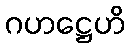
ဂဟဋ္ဌေဟိ